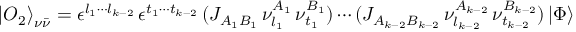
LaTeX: { \vert O _ { 2 } \rangle } _ { \nu \bar { \nu } } = \epsilon ^ { l _ { 1 } \cdots l _ { k - 2 } } \, \epsilon ^ { t _ { 1 } \cdots t _ { k - 2 } } \, ( J _ { A _ { 1 } B _ { 1 } } \, \nu _ { l _ { 1 } } ^ { A _ { 1 } } \, \nu _ { t _ { 1 } } ^ { B _ { 1 } } ) \cdots ( J _ { A _ { k - 2 } B _ { k - 2 } } \, \nu _ { l _ { k - 2 } } ^ { A _ { k - 2 } } \, \nu _ { t _ { k - 2 } } ^ { B _ { k - 2 } } ) \, \vert \Phi \rangle